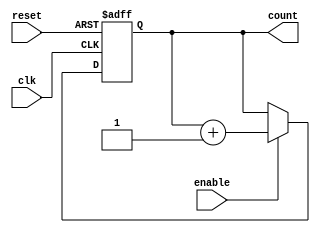
module async_reset_sync_counter #(
    parameter WIDTH = 4,        // Width of the counter (number of bits)
    parameter INITIAL_VALUE = 0, // Initial value for the counter
    parameter UP = 1             // Counter direction: 1 for up, 0 for down
)(
    input wire clk,              // Clock signal
    input wire reset,            // Asynchronous reset signal
    input wire enable,           // Count enable signal
    output reg [WIDTH-1:0] count // Counter value
);

    // Asynchronous reset and synchronous counting logic
    always @(posedge clk or posedge reset) begin
        if (reset) begin
            count <= INITIAL_VALUE; // Reset counter to initial value
        end else if (enable) begin
            if (UP) begin
                count <= count + 1; // Increment counter
            end else begin
                count <= count - 1; // Decrement counter
            end
        end
    end

endmodule